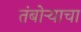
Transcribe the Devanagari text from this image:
तंबोऱ्याचा